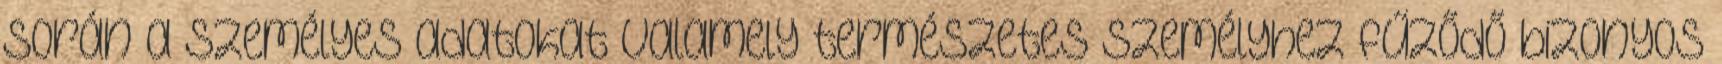
során a személyes adatokat valamely természetes személyhez fűződő bizonyos